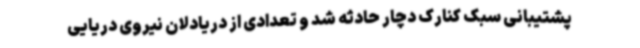
پشتیبانی سبک کنارک دچار حادثه شد و تعدادی از دریادلان نیروی دریایی